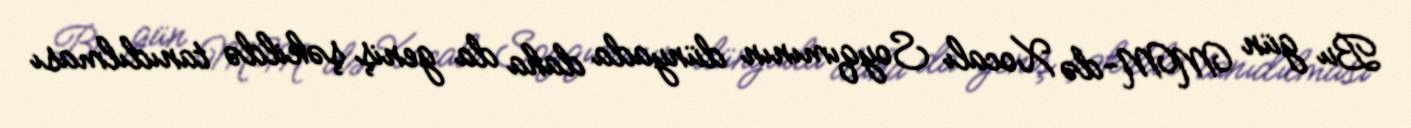
Bu gün MM-də Xocalı Soyqımının dünyada daha da geniş şəkildə tanıdılması